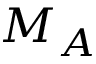
M _ { A }